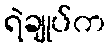
ရဲချုပ်က